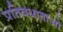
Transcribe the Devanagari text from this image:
प्रतिबंधाताओ